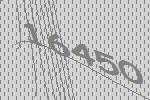
16450